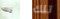
ذلك تلك